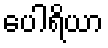
ပေါရိယာ